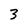
Character: 3